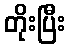
တိုးပြီး